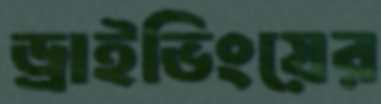
ড্রাইভিংয়ের